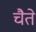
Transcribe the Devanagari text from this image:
चैते